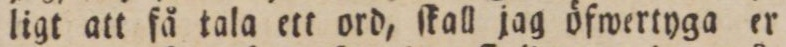
ligt att få tala ett ord, ſkall jag öfwertyga er